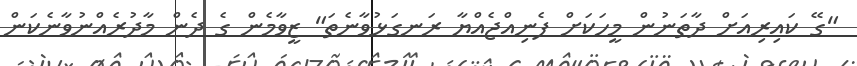
"ގޭ ކައިރިއަށް ދާތަނުން މީހަކަށް ފެނިއްޖެއްޔާ ރަނގަޅުވާނެތަ" ޒީވާމެން ގެ ދެން މާދުރެއްނުވާނެކަން